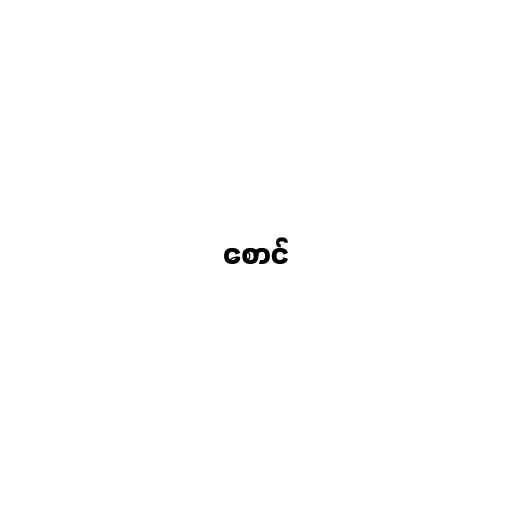
စောင်